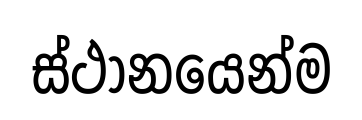
ස්ථානයෙන්ම